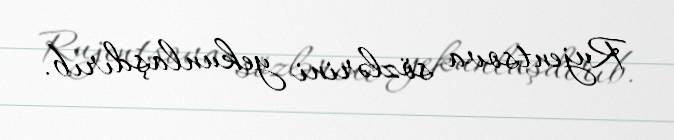
Rujentsova sözlərini yekunlaşdırıb.